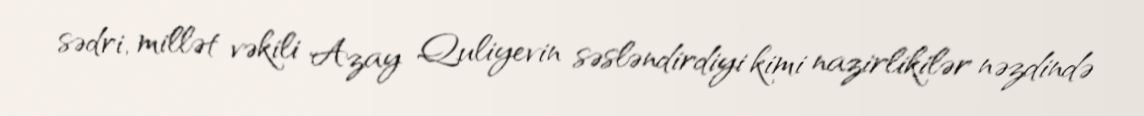
sədri, millət vəkili Azay Quliyevin səsləndirdiyi kimi nazirlikilər nəzdində